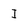
Character: I